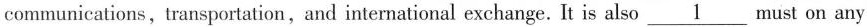
communications, transportation,and international exchange. It is also \underline{1} must on any